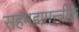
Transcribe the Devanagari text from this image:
सहमहामन्त्रीके